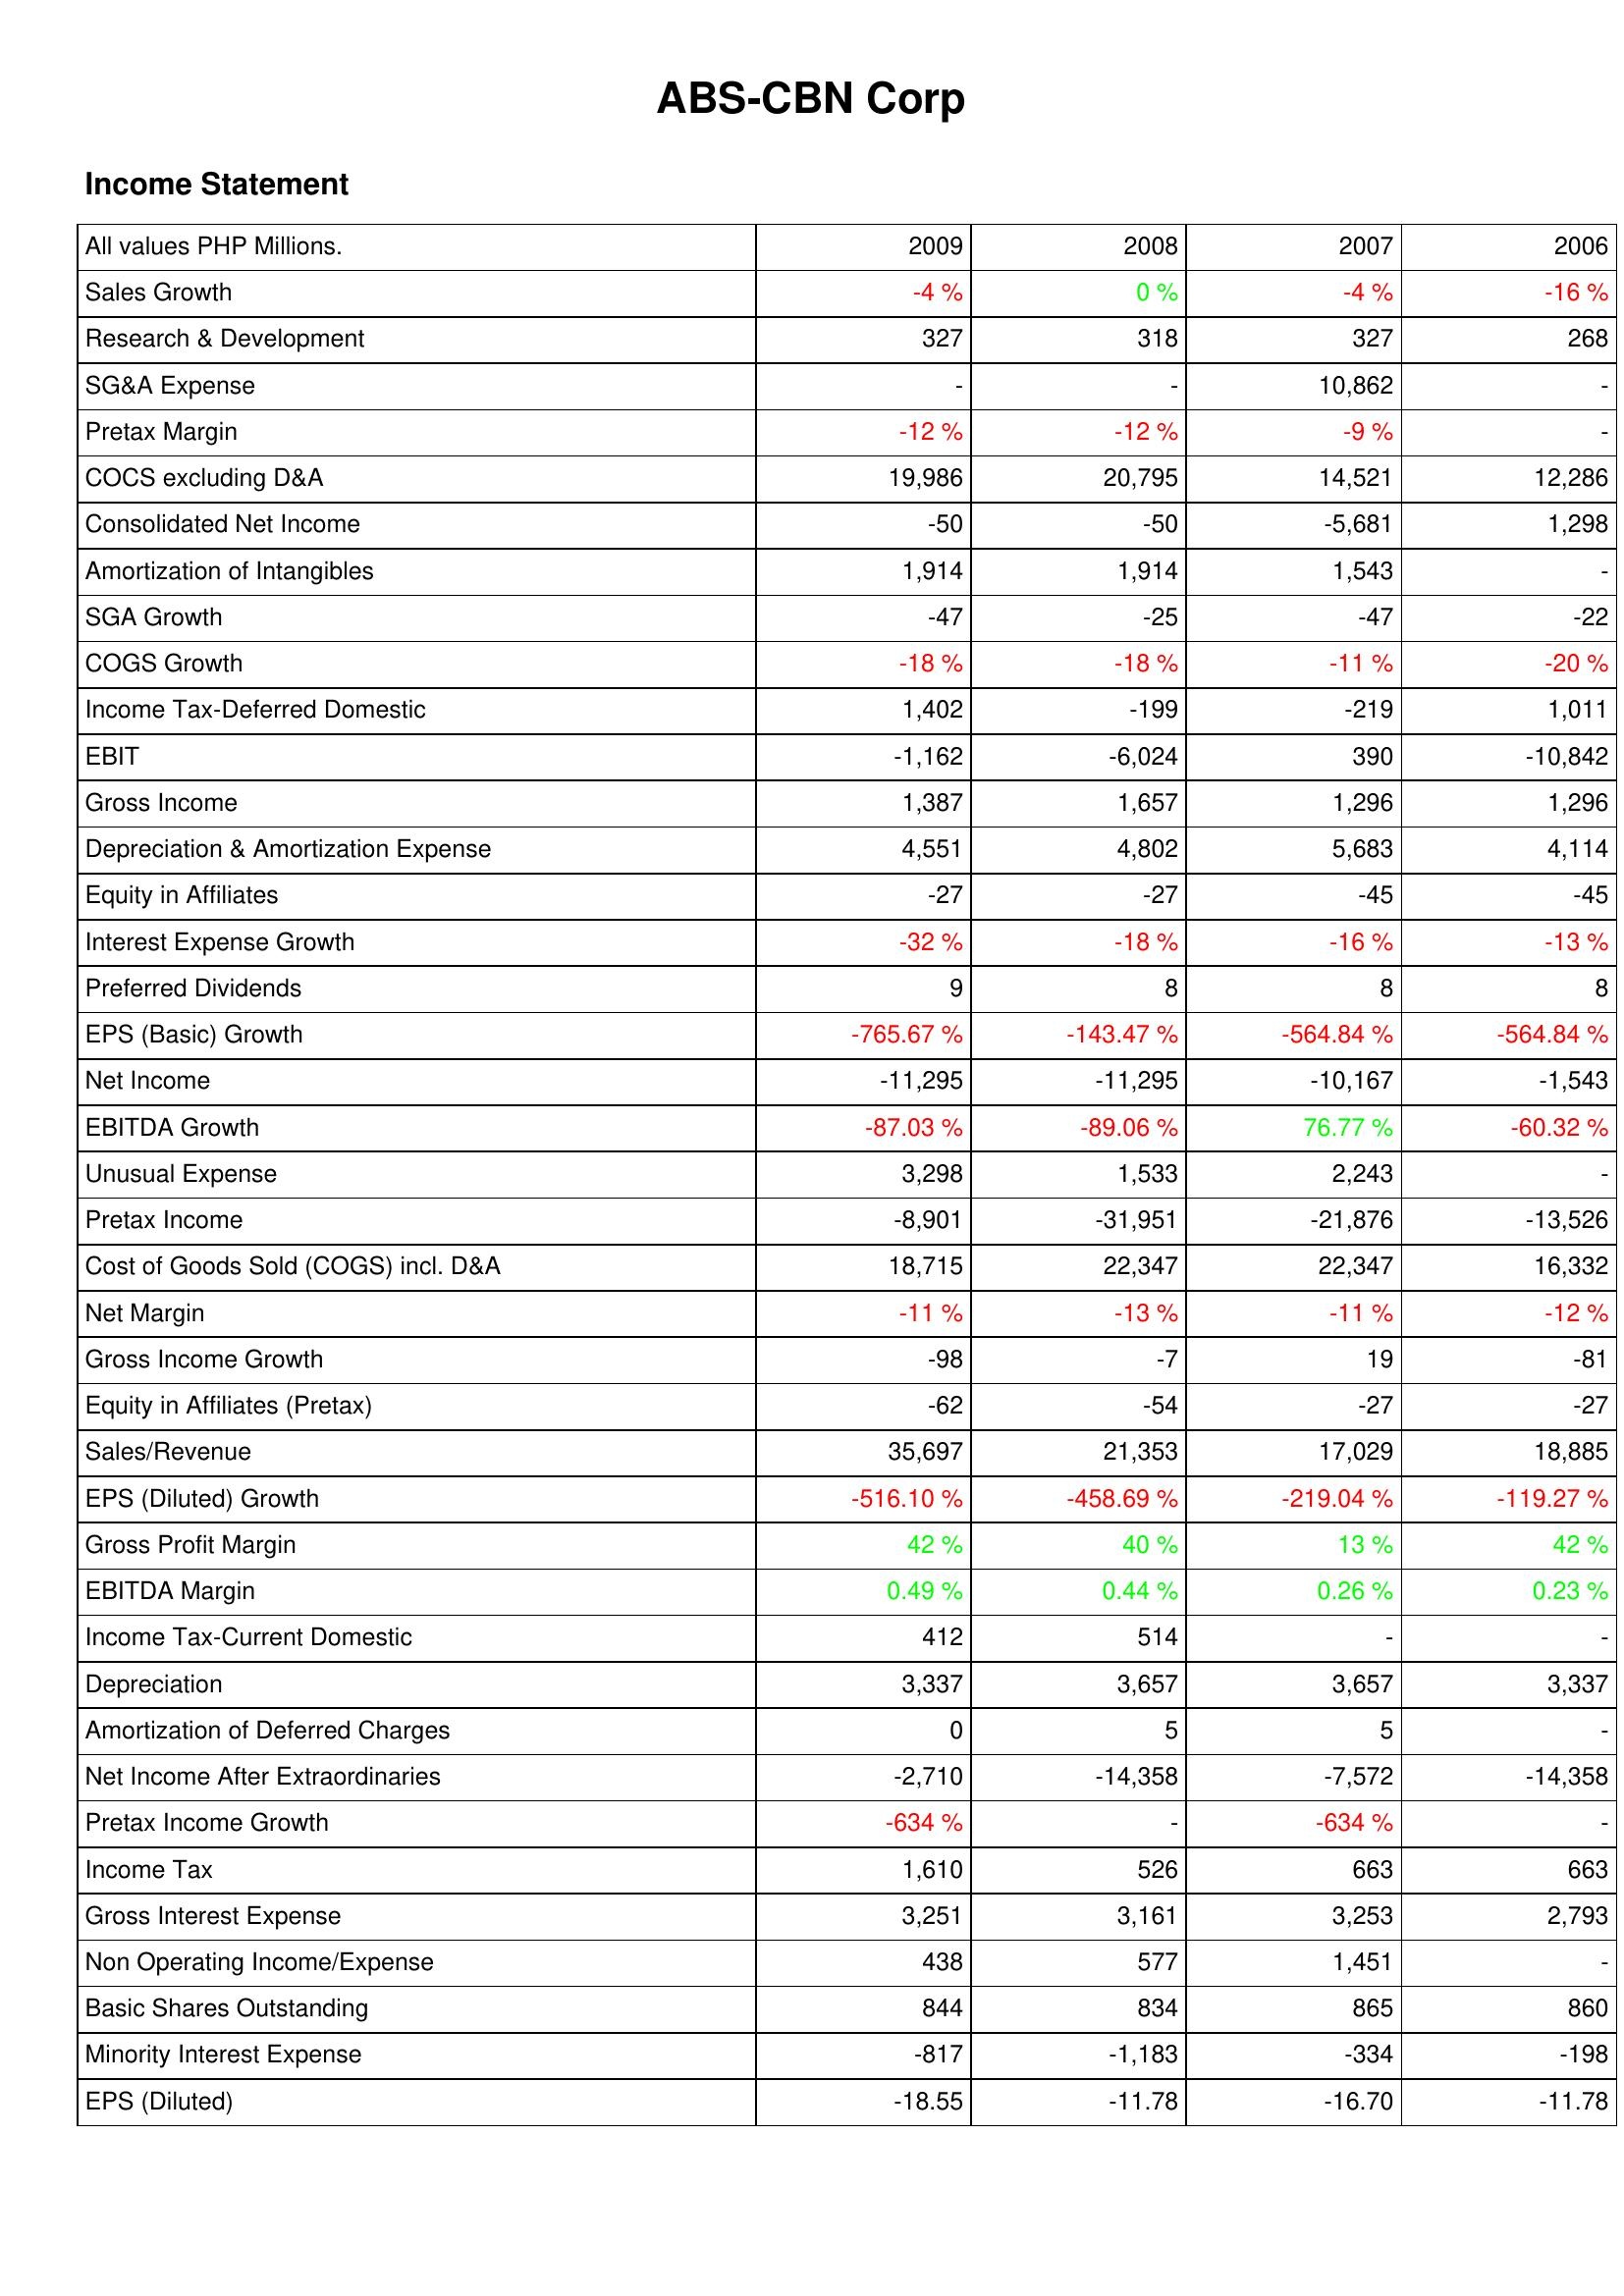
2009: Income Statement: Sales Growth: -4 %
Research & Development: 327
SG&A Expense: -
Pretax Margin: -12 %
COCS excluding D&A: 19,986
Consolidated Net Income: -50
Amortization of Intangibles: 1,914
SGA Growth: -47
COGS Growth: -18 %
Income Tax-Deferred Domestic: 1,402
EBIT: -1,162
Gross Income: 1,387
Depreciation & Amortization Expense: 4,551
Equity in Affiliates: -27
Interest Expense Growth: -32 %
Preferred Dividends: 9
EPS (Basic) Growth: -765.67 %
Net Income: -11,295
EBITDA Growth: -87.03 %
Unusual Expense: 3,298
Pretax Income: -8,901
Cost of Goods Sold (COGS) incl. D&A: 18,715
Net Margin: -11 %
Gross Income Growth: -98
Equity in Affiliates (Pretax): -62
Sales/Revenue: 35,697
EPS (Diluted) Growth: -516.10 %
Gross Profit Margin: 42 %
EBITDA Margin: 0.49 %
Income Tax-Current Domestic: 412
Depreciation: 3,337
Amortization of Deferred Charges: 0
Net Income After Extraordinaries: -2,710
Pretax Income Growth: -634 %
Income Tax: 1,610
Gross Interest Expense: 3,251
Non Operating Income/Expense: 438
Basic Shares Outstanding: 844
Minority Interest Expense: -817
EPS (Diluted): -18.55
2008: Income Statement: Sales Growth: 0 %
Research & Development: 318
SG&A Expense: -
Pretax Margin: -12 %
COCS excluding D&A: 20,795
Consolidated Net Income: -50
Amortization of Intangibles: 1,914
SGA Growth: -25
COGS Growth: -18 %
Income Tax-Deferred Domestic: -199
EBIT: -6,024
Gross Income: 1,657
Depreciation & Amortization Expense: 4,802
Equity in Affiliates: -27
Interest Expense Growth: -18 %
Preferred Dividends: 8
EPS (Basic) Growth: -143.47 %
Net Income: -11,295
EBITDA Growth: -89.06 %
Unusual Expense: 1,533
Pretax Income: -31,951
Cost of Goods Sold (COGS) incl. D&A: 22,347
Net Margin: -13 %
Gross Income Growth: -7
Equity in Affiliates (Pretax): -54
Sales/Revenue: 21,353
EPS (Diluted) Growth: -458.69 %
Gross Profit Margin: 40 %
EBITDA Margin: 0.44 %
Income Tax-Current Domestic: 514
Depreciation: 3,657
Amortization of Deferred Charges: 5
Net Income After Extraordinaries: -14,358
Pretax Income Growth: -
Income Tax: 526
Gross Interest Expense: 3,161
Non Operating Income/Expense: 577
Basic Shares Outstanding: 834
Minority Interest Expense: -1,183
EPS (Diluted): -11.78
2007: Income Statement: Sales Growth: -4 %
Research & Development: 327
SG&A Expense: 10,862
Pretax Margin: -9 %
COCS excluding D&A: 14,521
Consolidated Net Income: -5,681
Amortization of Intangibles: 1,543
SGA Growth: -47
COGS Growth: -11 %
Income Tax-Deferred Domestic: -219
EBIT: 390
Gross Income: 1,296
Depreciation & Amortization Expense: 5,683
Equity in Affiliates: -45
Interest Expense Growth: -16 %
Preferred Dividends: 8
EPS (Basic) Growth: -564.84 %
Net Income: -10,167
EBITDA Growth: 76.77 %
Unusual Expense: 2,243
Pretax Income: -21,876
Cost of Goods Sold (COGS) incl. D&A: 22,347
Net Margin: -11 %
Gross Income Growth: 19
Equity in Affiliates (Pretax): -27
Sales/Revenue: 17,029
EPS (Diluted) Growth: -219.04 %
Gross Profit Margin: 13 %
EBITDA Margin: 0.26 %
Income Tax-Current Domestic: -
Depreciation: 3,657
Amortization of Deferred Charges: 5
Net Income After Extraordinaries: -7,572
Pretax Income Growth: -634 %
Income Tax: 663
Gross Interest Expense: 3,253
Non Operating Income/Expense: 1,451
Basic Shares Outstanding: 865
Minority Interest Expense: -334
EPS (Diluted): -16.70
2006: Income Statement: Sales Growth: -16 %
Research & Development: 268
SG&A Expense: -
Pretax Margin: -
COCS excluding D&A: 12,286
Consolidated Net Income: 1,298
Amortization of Intangibles: -
SGA Growth: -22
COGS Growth: -20 %
Income Tax-Deferred Domestic: 1,011
EBIT: -10,842
Gross Income: 1,296
Depreciation & Amortization Expense: 4,114
Equity in Affiliates: -45
Interest Expense Growth: -13 %
Preferred Dividends: 8
EPS (Basic) Growth: -564.84 %
Net Income: -1,543
EBITDA Growth: -60.32 %
Unusual Expense: -
Pretax Income: -13,526
Cost of Goods Sold (COGS) incl. D&A: 16,332
Net Margin: -12 %
Gross Income Growth: -81
Equity in Affiliates (Pretax): -27
Sales/Revenue: 18,885
EPS (Diluted) Growth: -119.27 %
Gross Profit Margin: 42 %
EBITDA Margin: 0.23 %
Income Tax-Current Domestic: -
Depreciation: 3,337
Amortization of Deferred Charges: -
Net Income After Extraordinaries: -14,358
Pretax Income Growth: -
Income Tax: 663
Gross Interest Expense: 2,793
Non Operating Income/Expense: -
Basic Shares Outstanding: 860
Minority Interest Expense: -198
EPS (Diluted): -11.78